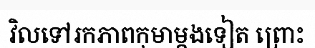
វិលទៅរកភាពកុមាម្តងទៀត ព្រោះ